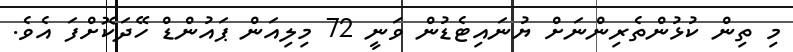
މި ތިން ކުޅުންތެރިންނަށް ޔުނައިޓެޑުން ވަނީ 72 މިލިއަން ޕައުންޑް ހޭދަކޮށްފަ އެވެ.